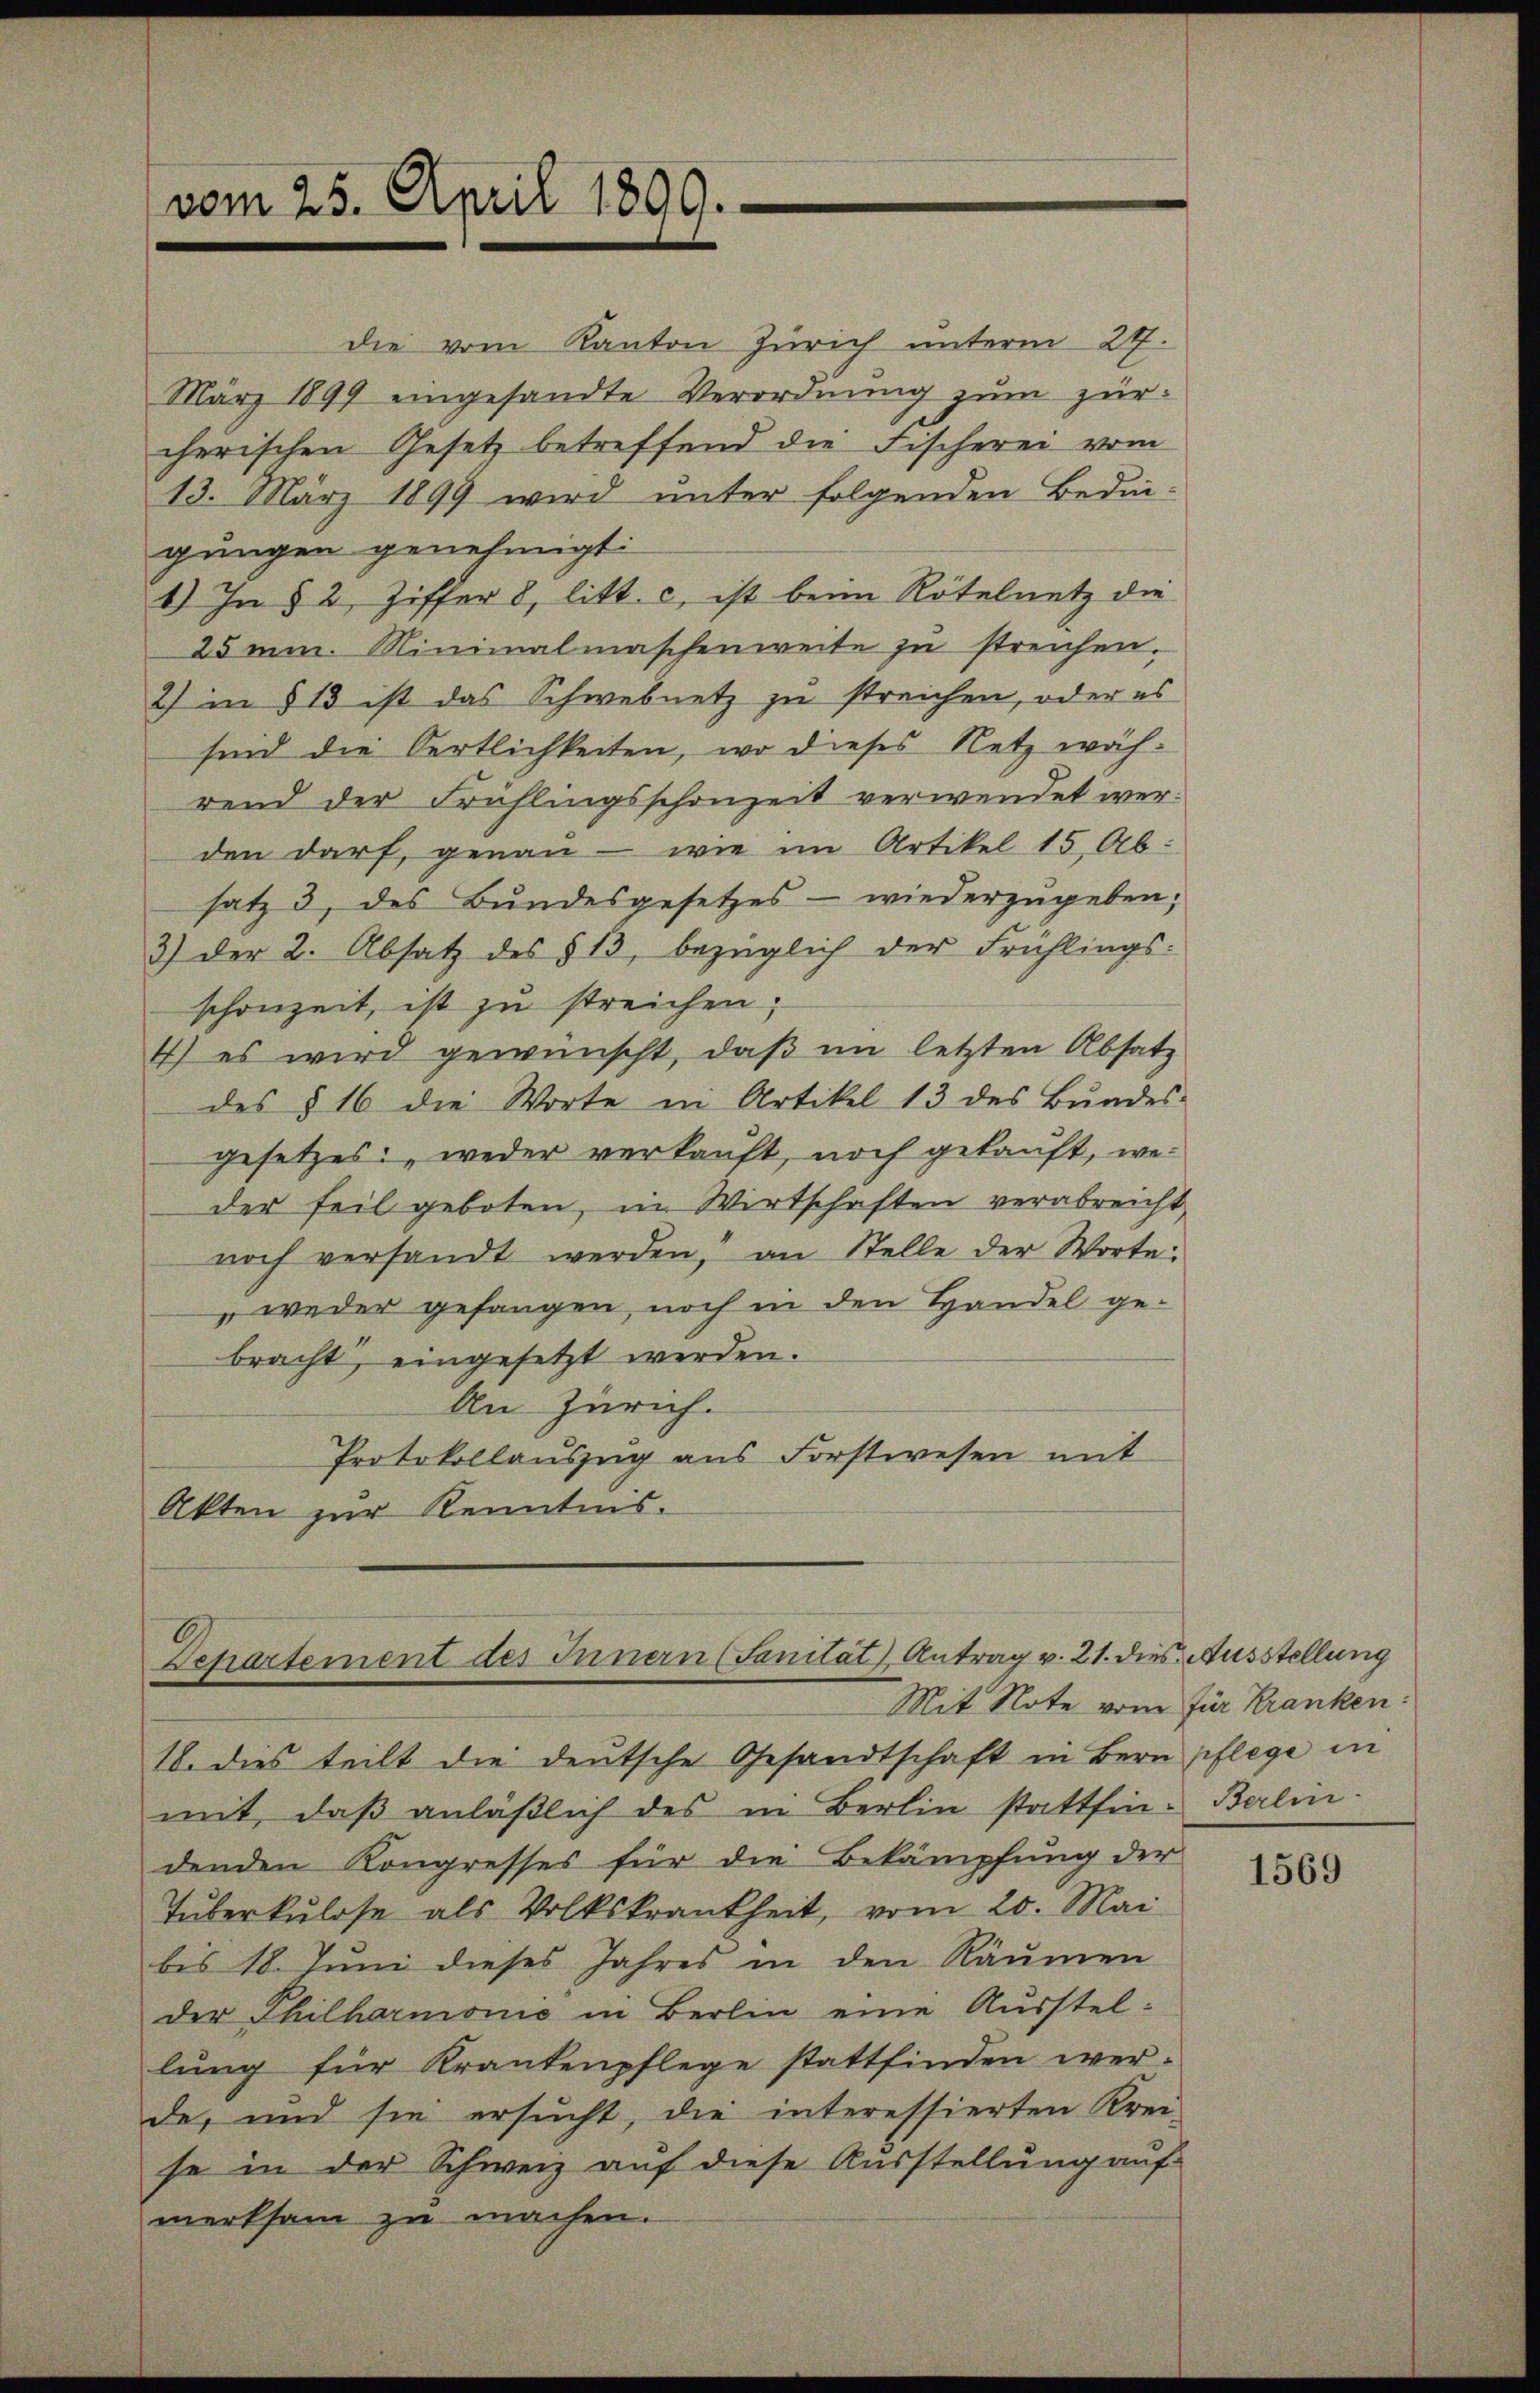
vom 25. April 1899.

die vom Kanton Zürich unterm 24.
März 1899 eingesandte Verordnung zum zürcherischen Gesetz betreffend die Fischerei vom
13. März 1899 wird unter folgenden Bedingungen genehmigt:
1.) In § 2, Ziffer 8, litt. c, ist beim Rötelnetz die
25 mm. Minimalmaschenweite zu streichen.
2) in § 13 ist das Schwebnetz zu streichen, oder es
sind die Oertlichkeiten, wo dieses Netz während der Frühlingsschonzeit verwendet werden darf, genau - wie im Artikel 15 Ab-
satz 3, des Bundesgesetzes - wiederzugeben;
3) der 2. Absatz des § 13, bezüglich der Frühlings-
schonzeit, ist zu streichen;
4) es wird gewünscht, daß im letzten Absatz
des § 16 die Worte in Artikel 13 des Bŭndes-
gesetzes weder verkauft, noch gekauft, weder feil geboten, in Wirtschaften verabreicht
noch versandt werden, an Stelle der Worte:
„weder gefangen, noch in den Handel ge-
bracht, eingesetzt werden.
An Zürich.
Protokollauszug aus Forstwesen mit
Akten zur Kenntnis.

Departement des Innern (Sanität) Antrag v. 21. dies Ausstellung
Mit Note vom für Kranken:

18. dies teilt die deutsche Gesandtschaft in Bern pflege in
mit, daß anläßlich des in Berlin stattfin- Berlindenden Kongresses für die Bekämpfung der
Tuberkulose als Volkskrankheit, vom 20. Mai
bis 18. Juni dieses Jahres in den Räumen
der Philharmonić in Berlin eine Ausstellung für Krankenpflege stattfinden werde, und sie ersucht, die interessierten Krei-
se in der Schweiz auf diese Ausstellung auf
merksam zu machen.

1569